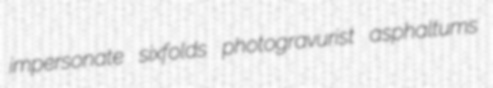
impersonate sixfolds photogravurist asphaltums